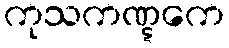
ကုသကဏ္ဋကေ